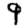
Digit: 9